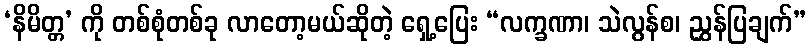
‘နိမိတ္တ’ ကို တစ်စုံတစ်ခု လာတော့မယ်ဆိုတဲ့ ရှေ့ပြေး “လက္ခဏာ၊ သဲလွန်စ၊ ညွှန်ပြချက်”